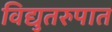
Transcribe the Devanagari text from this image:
विद्युतरुपात